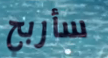
سأربح